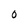
Character: 0